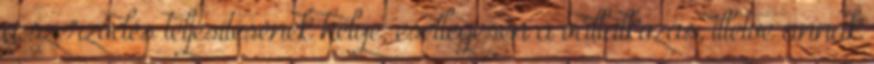
a szerződés teljesítésének helye, esetlegesen a vállalkozás, illetve annak